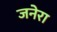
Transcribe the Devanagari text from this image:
जनेरा